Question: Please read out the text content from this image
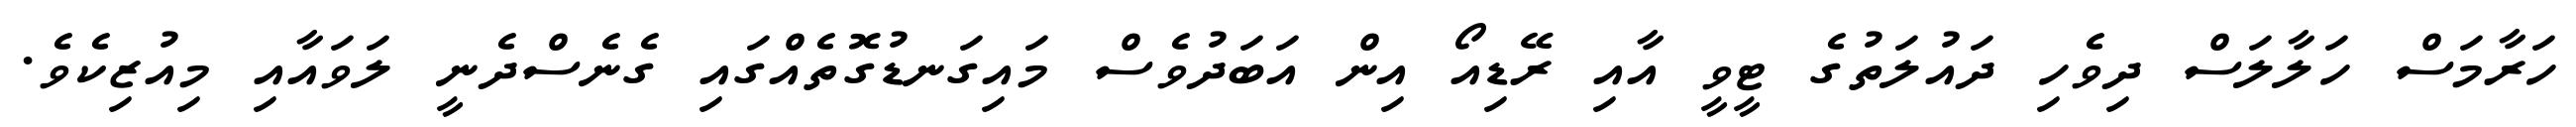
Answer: ހަރާމަސް ހަލާލަސް ދިވެހި ދައުލަތުގެ ޓީވީ އާއި ރޭޑިއޯ އިން އަބަދުވެސް މައިގަނޑުގޮތެއްގައި ގެނެސްދެނީ ލަވައާއި މިއުޒިކެވެ.